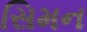
સિમન